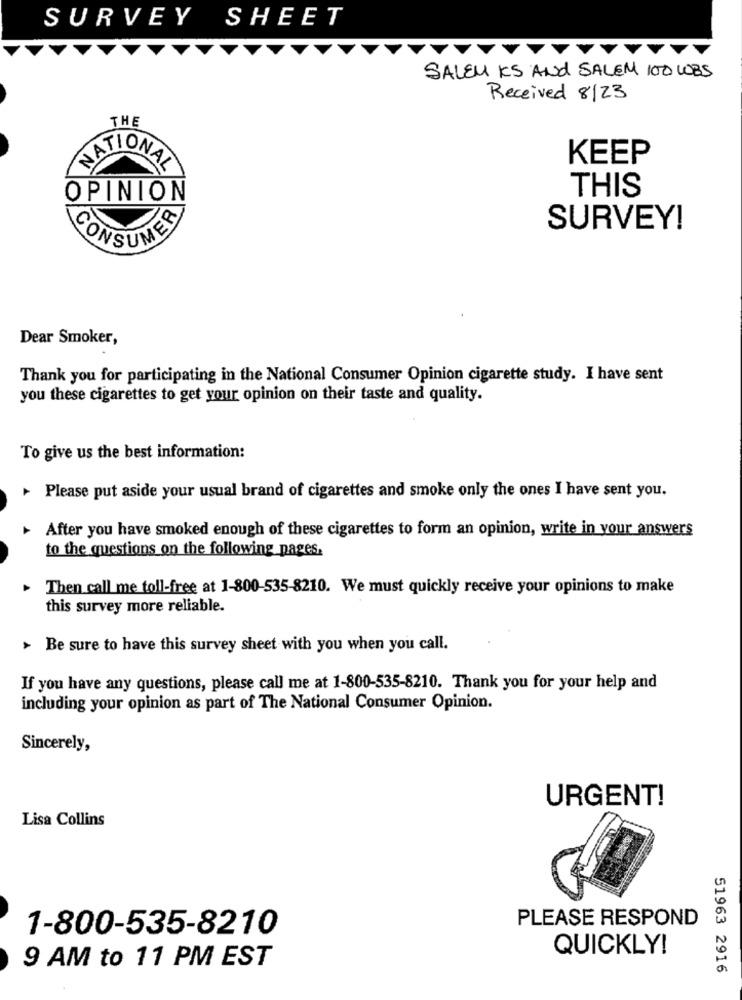
SURVEY SHEET
SALEM KS AND SALEM 100 WBS
Received 8/23
THE
KEEP
NATIONAL
THIS
OPINION
SURVEY!
CONSUMER
Dear Smoker,
Thank you for participating in the National Consumer Opinion cigarette study. I have sent
you these cigarettes to get your opinion on their taste and quality.
To give us the best information:
Please put aside your usual brand of cigarettes and smoke only the ones I have sent you.
After you have smoked enough of these cigarettes to form an opinion, write in your answers
to the questions on the following pages.
Then call me toll-free at 1-800-535-8210. We must quickly receive your opinions to make
this survey more reliable.
> Be sure to have this survey sheet with you when you call.
If you have any questions, please call me at 1-800-535-8210. Thank you for your help and
including your opinion as part of The National Consumer Opinion.
Sincerely,
URGENT!
Lisa Collins
PLEASE RESPOND
1-800-535-8210
QUICKLY!
9 AM to 11 PM EST
51963 2916